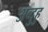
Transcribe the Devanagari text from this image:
अब्दुहु